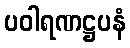
ပဝါရဏဋ္ဌပနံ